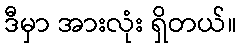
ဒီမှာ အားလုံး ရှိတယ်။